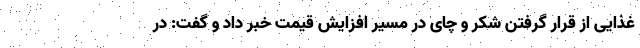
غذایی از قرار گرفتن شکر و چای در مسیر افزایش قیمت خبر داد و گفت: در